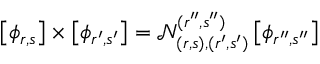
\left[ \phi _ { r , s } \right] \times \left[ \phi _ { r ^ { \prime } , s ^ { \prime } } \right] = \mathcal { N } _ { ( r , s ) , ( r ^ { \prime } , s ^ { \prime } ) } ^ { ( r ^ { \prime \prime } , s ^ { \prime \prime } ) } \left[ \phi _ { r ^ { \prime \prime } , s ^ { \prime \prime } } \right]